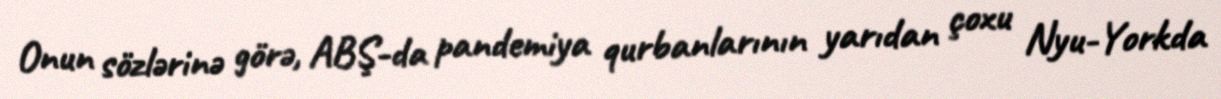
Onun sözlərinə görə, ABŞ-da pandemiya qurbanlarının yarıdan çoxu Nyu-Yorkda